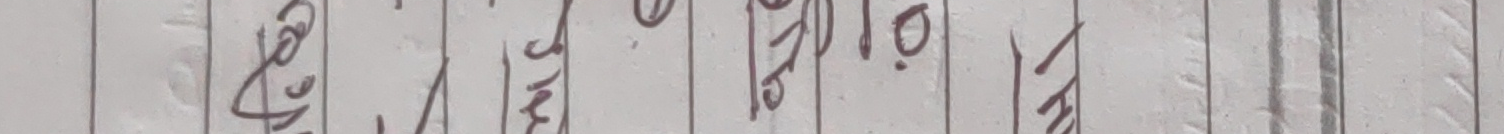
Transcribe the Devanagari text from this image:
कब्जा गर्ने, १६.१०/१२